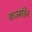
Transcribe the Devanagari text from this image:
काउमडिन